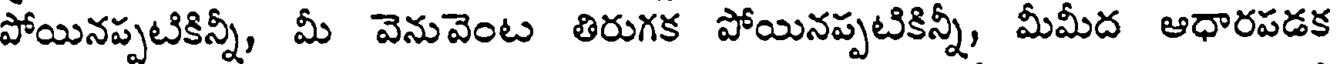
పోయినప్పటికిన్నీ, మీ వెనువెంట తిరుగక పోయినప్పటికిన్నీ, మీమీద ఆధారపడక